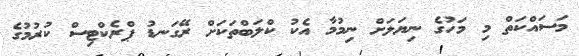
މަސައްކަތް މި މަހުގެ ނިޔަލަށް ނިމުމާ އެކު ކްލަބްތަކަށް ރޭގަނޑު ޕްރެކްޓިސް ކުރުމުގެ